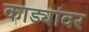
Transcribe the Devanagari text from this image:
काड्यांवर